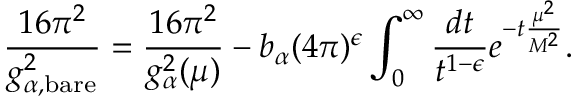
\frac { 1 6 \pi ^ { 2 } } { g _ { \alpha , { \scriptstyle \mathrm { b a r e } } } ^ { 2 } } = \frac { 1 6 \pi ^ { 2 } } { g _ { \alpha } ^ { 2 } ( \mu ) } - b _ { \alpha } ( 4 \pi ) ^ { \epsilon } \int _ { 0 } ^ { \infty } \frac { d t } { t ^ { 1 - \epsilon } } e ^ { - t \frac { \mu ^ { 2 } } { M ^ { 2 } } } .